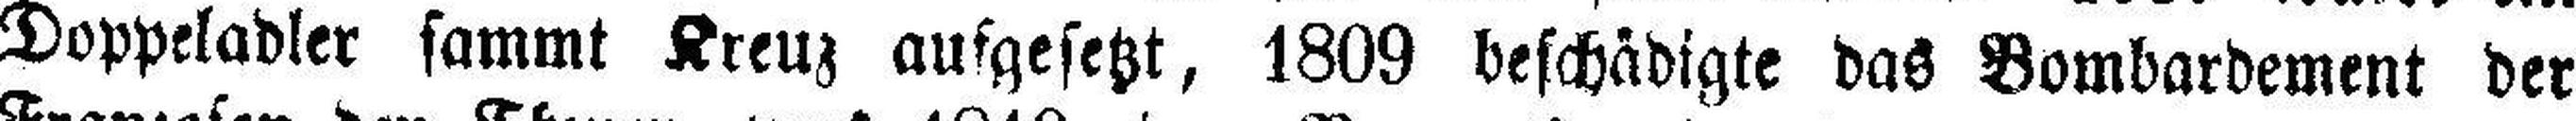
Doppeladler sammt Kreuz aufgesetzt, 1809 beschädigte das Bombardement der